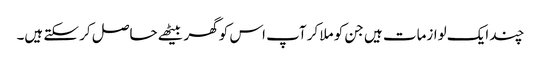
چند ایک لوازمات ہیں جن کو ملا کر آپ اس کو گھر بیٹھے حاصل کر سکتے ہیں۔